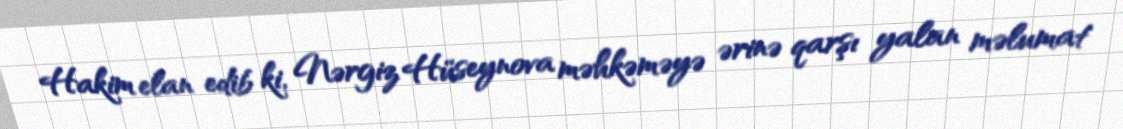
Hakim elan edib ki, Nərgiz Hüseynova məhkəməyə ərinə qarşı yalan məlumat